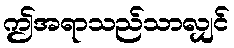
ဤအရာသည်သာလျှင်